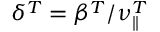
\delta ^ { T } = \beta ^ { T } / \nu _ { | | } ^ { T }